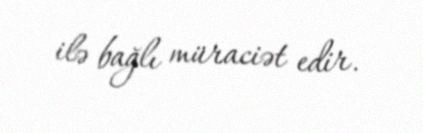
ilə bağlı müraciət edir.